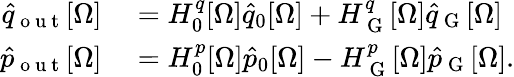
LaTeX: \begin{array}{rl}{\hat{q}_{\mathrm{~o~u~t~}}[\Omega]}&{{}=H_{0}^{q}[\Omega]\hat{q}_{0}[\Omega]+H_{\mathrm{~G~}}^{q}[\Omega]\hat{q}_{\mathrm{~G~}}[\Omega]}\\ {\hat{p}_{\mathrm{~o~u~t~}}[\Omega]}&{{}=H_{0}^{p}[\Omega]\hat{p}_{0}[\Omega]-H_{\mathrm{~G~}}^{p}[\Omega]\hat{p}_{\mathrm{~G~}}[\Omega].}\end{array}